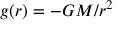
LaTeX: g ( r ) = - G M / r ^ { 2 }